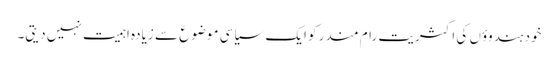
خود ہندوؤں کی اکثریت رام مندر کو ایک سیاسی موضوع سے زیادہ اہمیت نہیں دیتی۔